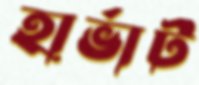
হার্ভার্ট